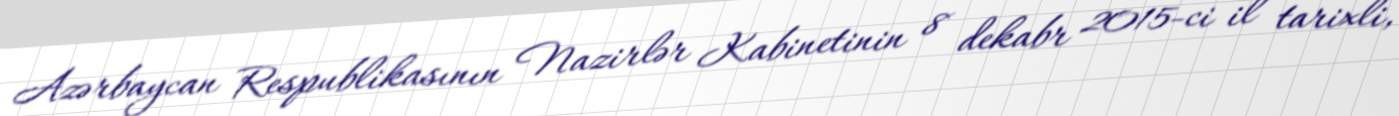
Azərbaycan Respublikasının Nazirlər Kabinetinin 8 dekabr 2015-ci il tarixli,